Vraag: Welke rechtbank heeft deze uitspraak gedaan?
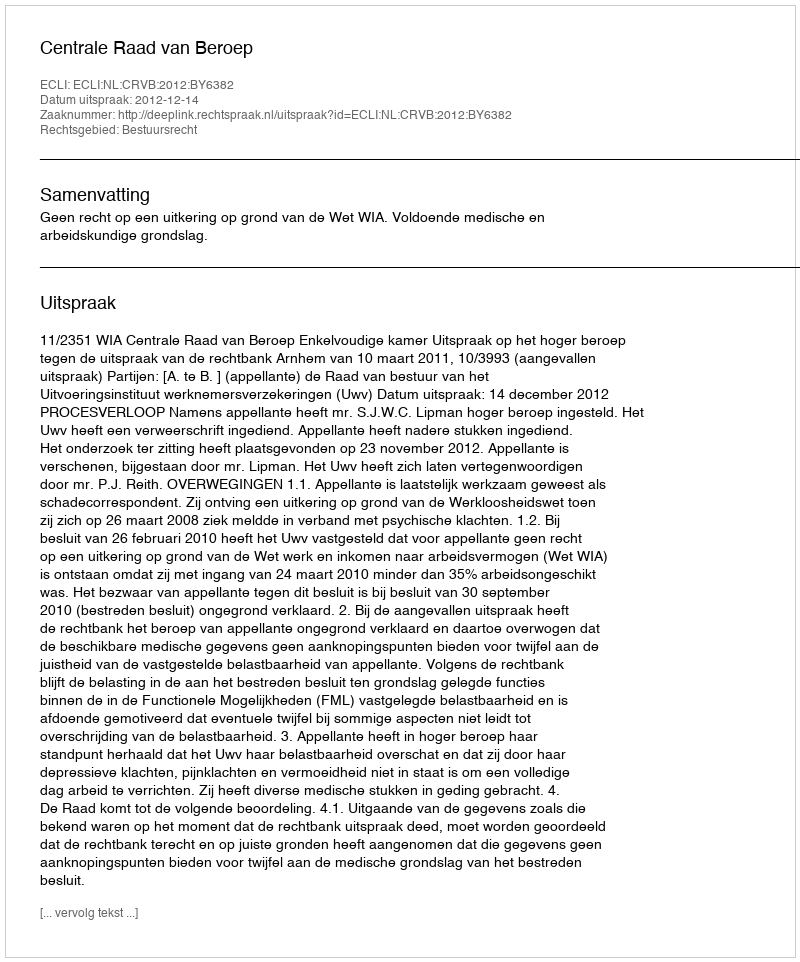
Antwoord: Centrale Raad van Beroep